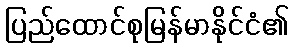
ပြည်ထောင်စုမြန်မာနိုင်ငံ၏